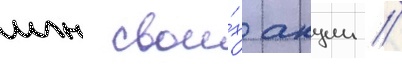
млн свои́х акции //